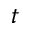
t